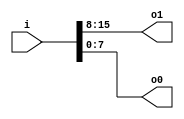
module v306ca3_v9a2a06 (
 input [15:0] i,
 output [7:0] o1,
 output [7:0] o0
);
 assign o1 = i[15:8];
 assign o0 = i[7:0];
endmodule